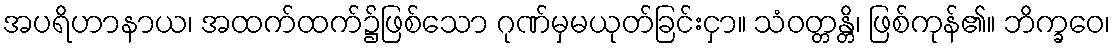
အပရိဟာနာယ၊ အထက်ထက်၌ဖြစ်သော ဂုဏ်မှမယုတ်ခြင်းငှာ။ သံဝတ္တန္တိ၊ ဖြစ်ကုန်၏။ ဘိက္ခဝေ၊